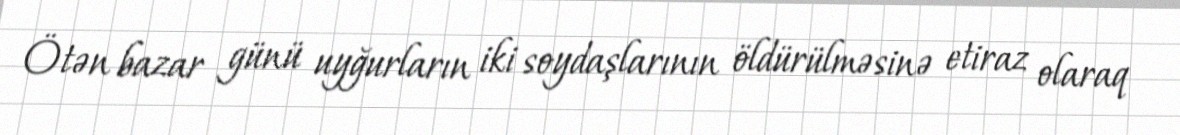
Ötən bazar günü uyğurların iki soydaşlarının öldürülməsinə etiraz olaraq